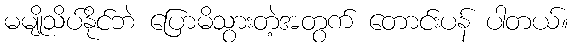
မမျိုသိပ်နိုင်ဘဲ ပြောမိသွားတဲ့အတွက် တောင်းပန် ပါတယ်။